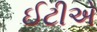
ઈટીએ